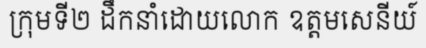
ក្រុមទី២ ដឹកនាំដោយលោក ឧត្តមសេនីយ៍